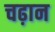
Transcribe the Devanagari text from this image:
चढ़ान